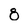
Character: 8